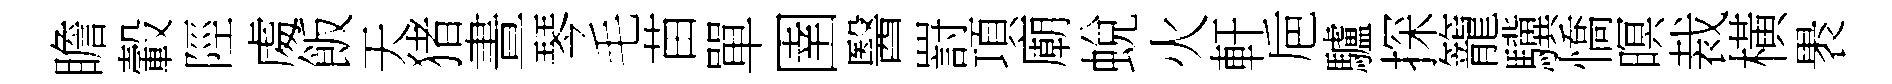
瞻轂陘䖏飯天猪晝琴毛苗單圉醫罸項廟蛻火軒巵驢探籠驥憍暝裁橫褁